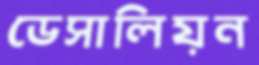
ডেসালিয়ন